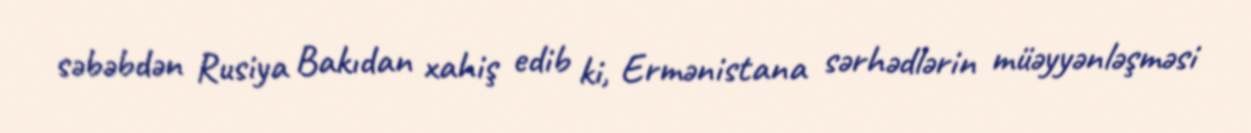
səbəbdən Rusiya Bakıdan xahiş edib ki, Ermənistana sərhədlərin müəyyənləşməsi